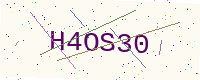
Text: H4OS30